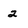
Character: 2